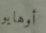
أوهايو